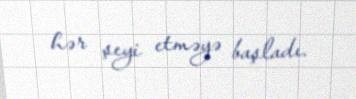
hər şeyi etməyə başladı.